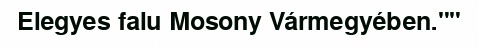
Elegyes falu Mosony Vármegyében.""